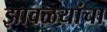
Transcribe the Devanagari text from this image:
झावळय़ांचा